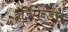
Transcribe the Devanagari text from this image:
इंडिपेन्डेंस